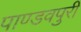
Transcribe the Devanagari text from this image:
पाण्डवपुरी